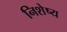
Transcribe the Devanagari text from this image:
निशेष्य